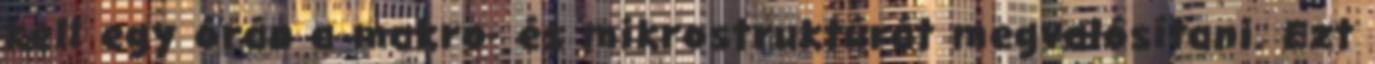
kell egy órán a makro- és mikrostruktúrát megvalósítani. Ezt